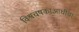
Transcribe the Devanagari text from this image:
विश्वचषकाआधीचा